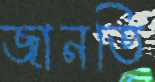
জানতি